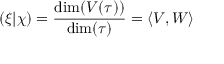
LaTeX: ( \xi | \chi ) = { \frac { \dim ( V ( \tau ) ) } { \dim ( \tau ) } } = \langle V , W \rangle